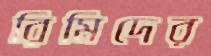
রিমিদের